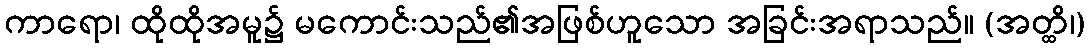
ကာရော၊ ထိုထိုအမူ၌ မကောင်းသည်၏အဖြစ်ဟူသော အခြင်းအရာသည်။ (အတ္ထိ၊)